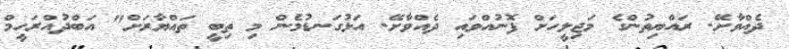
ދެއްވާށޭ. ރައްޔިތުންގެ މަޖިލީހަށް ފޮނުއްވައި ދެއްވާށޭ. އަޅުގަނޑުމެން މި ތިބީ ތައްޔާރަށް" އަބްދުއްރަހީމް